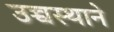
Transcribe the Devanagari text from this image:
उच्चस्थाने